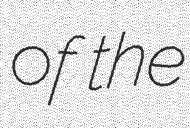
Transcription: of the